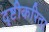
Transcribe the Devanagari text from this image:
दृष्टीकरिता